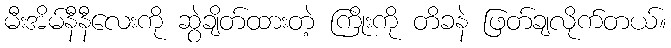
မီးအိမ်နီနီလေးကို ဆွဲချိတ်ထားတဲ့ ကြိုးကို တိခနဲ ဖြတ်ချလိုက်တယ်။